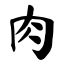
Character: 肉